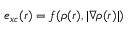
e _ { x c } ( r ) = f ( \rho ( r ) , | \nabla \rho ( r ) | )